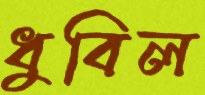
ধুবিল